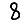
Digit: 8